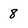
Character: 8